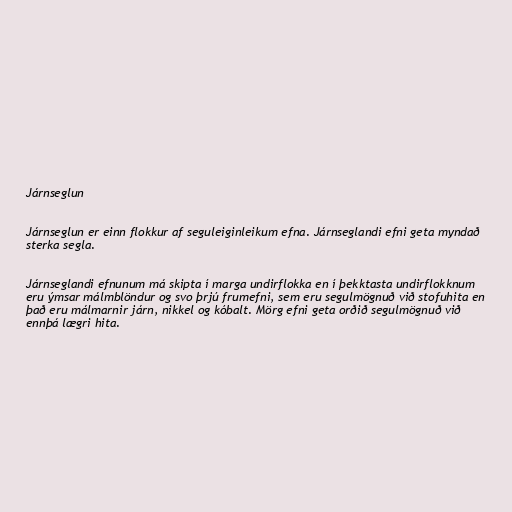
Járnseglun

Járnseglun er einn flokkur af seguleiginleikum efna. Járnseglandi efni geta myndað
sterka segla.

Járnseglandi efnunum má skipta í marga undirflokka en í þekktasta undirflokknum
eru ýmsar málmblöndur og svo þrjú frumefni, sem eru segulmögnuð við stofuhita en
það eru málmarnir járn, nikkel og kóbalt. Mörg efni geta orðið segulmögnuð við
ennþá lægri hita.